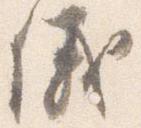
儀